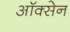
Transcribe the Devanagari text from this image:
ऑक्सेन